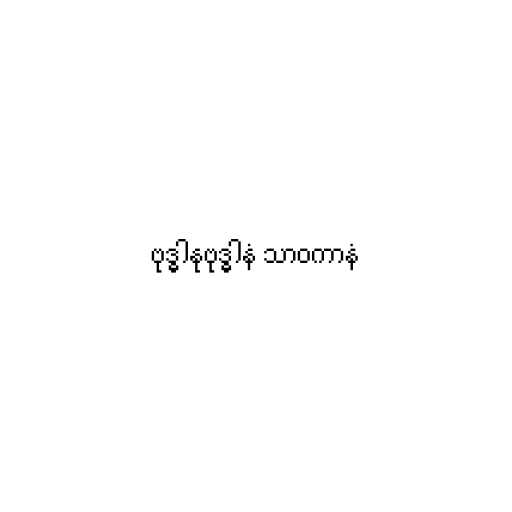
ဗုဒ္ဓါနုဗုဒ္ဓါနံ သာဝကာနံ